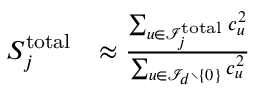
\begin{array} { r l } { S _ { j } ^ { \mathrm { t o t a l } } } & { \approx \frac { \sum _ { { \boldsymbol { u } } \in { \mathcal { I } } _ { j } ^ { \mathrm { t o t a l } } } c _ { \boldsymbol { u } } ^ { 2 } } { \sum _ { { \boldsymbol { u } } \in { \mathcal { I } } _ { d } \setminus \{ { \boldsymbol { 0 } } \} } c _ { \boldsymbol { u } } ^ { 2 } } } \end{array}